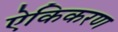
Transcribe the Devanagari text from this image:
ऐकिकरण